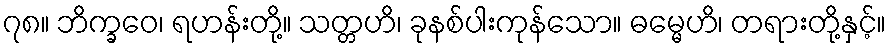
၇၈။ ဘိက္ခဝေ၊ ရဟန်းတို့။ သတ္တဟိ၊ ခုနစ်ပါးကုန်သော။ ဓမ္မေဟိ၊ တရားတို့နှင့်။